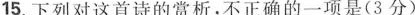
15.下列对这首诗的赏析，不正确的一项是(3分)